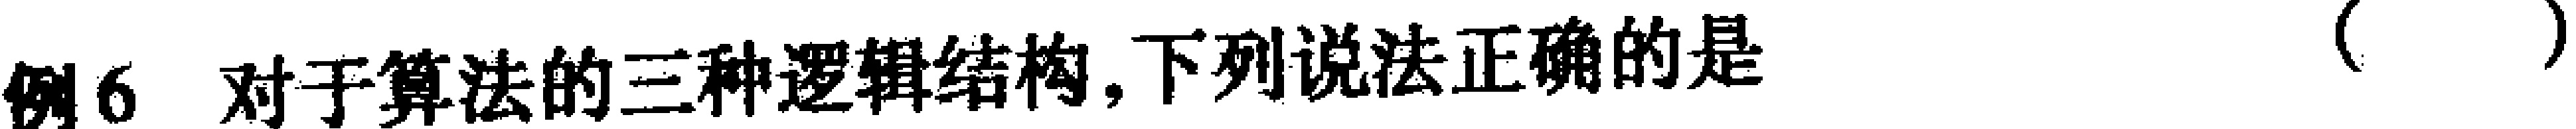
例6 对于算法的三种逻辑结构,下列说法正确的是（ ）